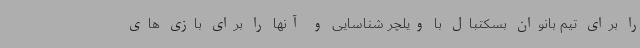
را برای تیم بانوان بسکتبال با ویلچر شناسایی و آنها را برای بازی های